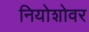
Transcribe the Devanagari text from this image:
नियोशोवर